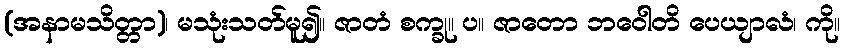
(အနာမသိတ္တာ)၊ မသုံးသတ်မူ၍။ ဇာတံ စက္ခု။ ပ။ ဇာတော ဘဝေါတိ ပေယျာလံ၊ ကို။